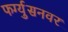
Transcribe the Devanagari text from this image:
फर्ग्युसनवर